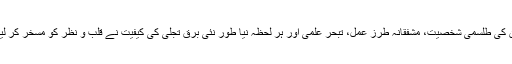
ان کی طلسمی شخصیت، مشفقانہ طرز عمل، تبحر علمی اور ہر لحظہ نیا طور نئی برق تجلی کی کیفیت نے قلب و نظر کو مسخر کر لیا۔